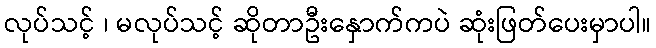
လုပ်သင့် ၊ မလုပ်သင့် ဆိုတာဦးနှောက်ကပဲ ဆုံးဖြတ်ပေးမှာပါ။